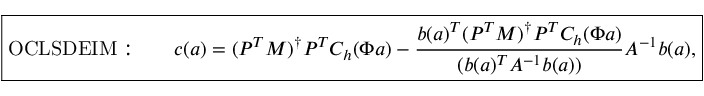
\boxed { \mathrm { O C L S D E I M : } \qquad \boldsymbol { c } ( \boldsymbol { a } ) = ( P ^ { T } M ) ^ { \dagger } P ^ { T } C _ { h } ( \Phi \boldsymbol { a } ) - \frac { \boldsymbol { b } ( \boldsymbol { a } ) ^ { T } ( P ^ { T } M ) ^ { \dagger } P ^ { T } C _ { h } ( \Phi \boldsymbol { a } ) } { ( \boldsymbol { b } ( \boldsymbol { a } ) ^ { T } A ^ { - 1 } \boldsymbol { b } ( \boldsymbol { a } ) ) } A ^ { - 1 } \boldsymbol { b } ( \boldsymbol { a } ) , }